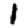
Digit: 1